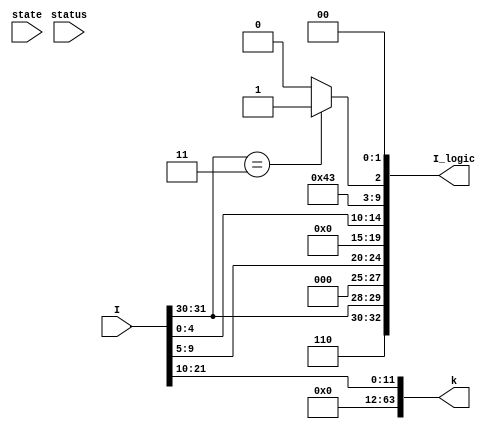
module I_logic(state, status, I, I_logic, k);

    input[31:0] I;
    input[4:0] status;
    input[1:0] state;
    output[32:0] I_logic;
    output [63:0] k;

    wire [11:0] zf;
    wire [9:0] op;
    wire [4:0] Rn;
    wire [4:0] Rd;

    assign {op, zf, Rn, Rd} = I;

    wire alu_enable;
    wire alu_bs;
    wire [4:0] alu_fs;

    wire databus_register_file_b_enable;
    wire [4:0] register_sa;
    wire [4:0] register_sb;
    wire [4:0] register_wa;
    wire register_w;

    wire databus_ram_enable;
    wire ram_w;

    wire databus_pc_enable;
    wire [1:0] pc_fs;
    wire pc_input_select;

    wire status_load;
    wire [1:0] NS;

    assign k = zf;

    assign I_logic = {
        alu_enable,
        alu_bs,
        alu_fs,
        databus_register_file_b_enable,
        register_sa,
        register_sb,
        register_wa,
        register_w,
        databus_ram_enable,
        ram_w,
        databus_pc_enable,
        pc_fs,
        pc_input_select,
        status_load,
        NS
    };

    assign alu_enable = 1'b1;
    assign alu_bs = 1'b1;
    //   000   001   010   011   100   101  110 111
    // { and   or    add   xor   left right  0   0 }
    assign alu_fs = {1'b0,op[9:8],2'b00 }; // bit 9:8 is the determine the function
    assign databus_register_file_b_enable = 1'b0;
    assign register_sa = Rn;
    assign register_sb = 5'b00000;
    assign register_wa = Rd;
    assign register_w = 1'b1;
    assign databus_ram_enable = 1'b0;
    assign ram_w = 1'b0;
    assign databus_pc_enable = 1'b0;
    assign pc_fs = 2'b1;
    assign pc_input_select = 1'b1;
    assign status_load = op[9:8] == 2'b11 ? 1'b1 : 1'b0;  //bit 9:8 at 11 determines the status_load
    assign NS = 2'b00;

endmodule